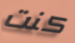
كنت